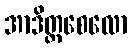
အာဒိတ္တစေလော